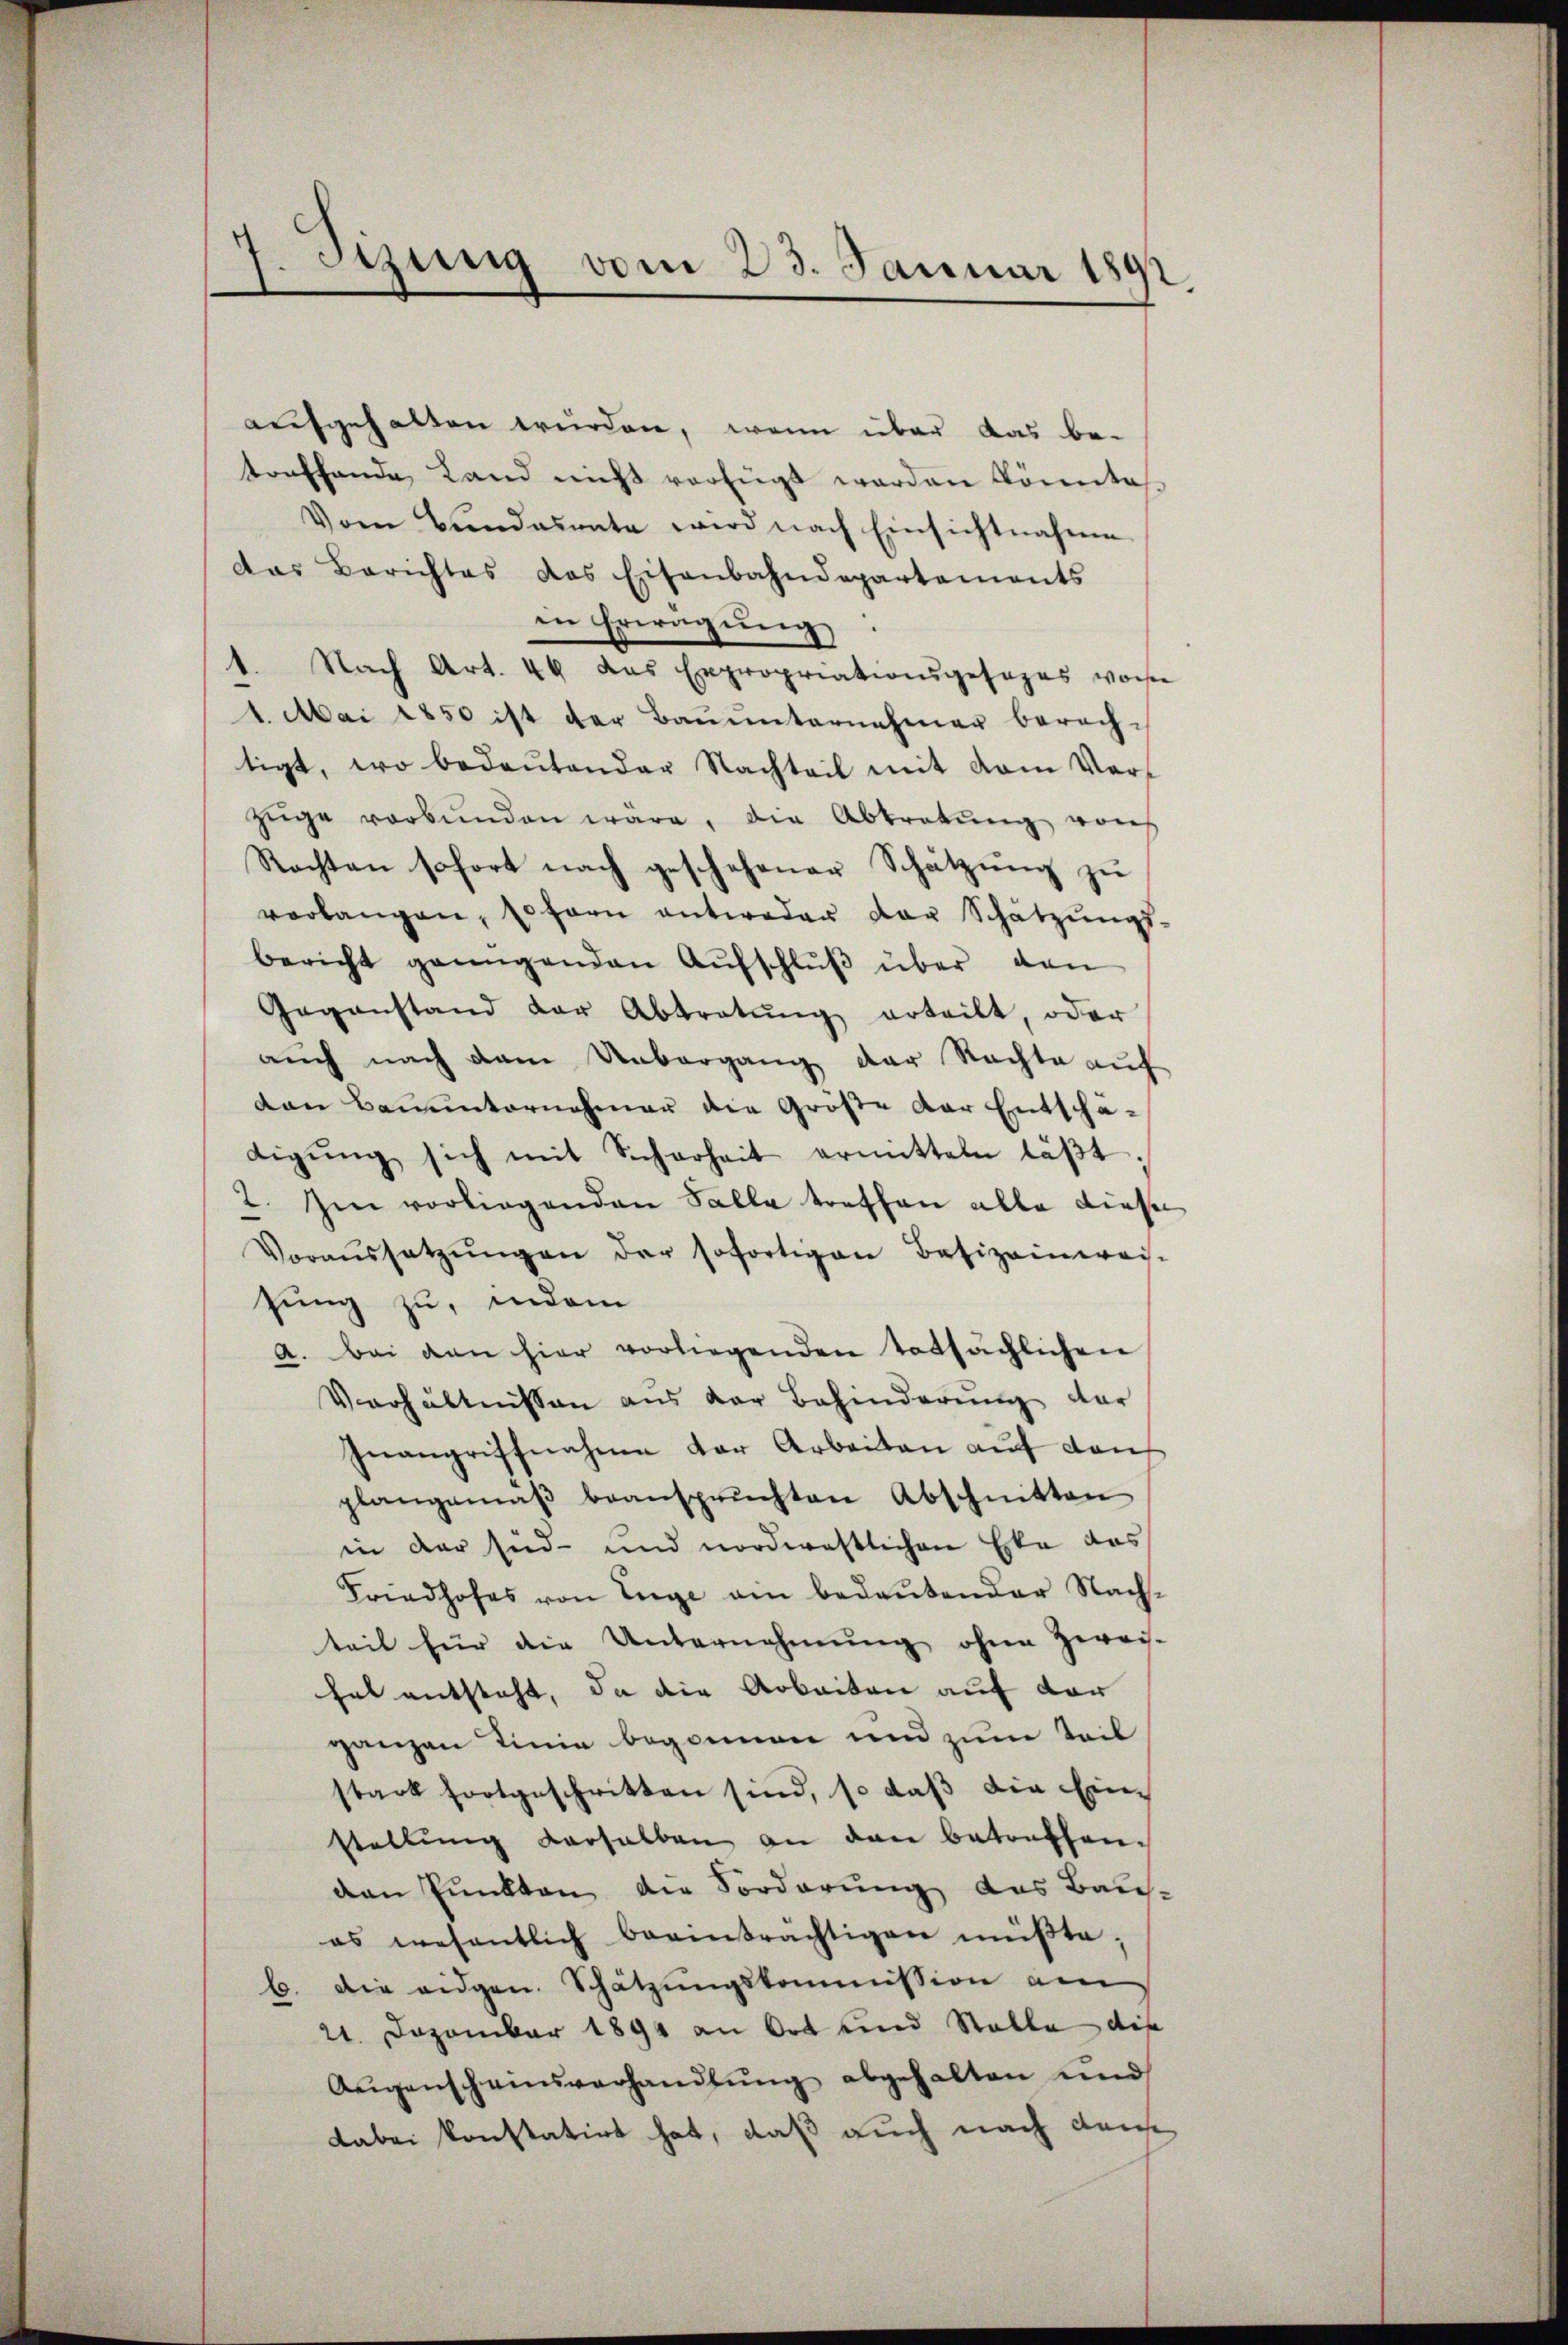
Syung vom 23. Januar 180
.

aufgehalten würden, wenn über das betreffende Land nicht verfügt worden könnte
Vom Bundesrate wird nach Einsichtnahme
das Berichtes das Eisenbahndepartements
in Erwägung:
1. Nach Art. 44 das Expropriationsgesezes vorhe
1. Mai 1850 ist der Bauunternehmer berechtigt, wo bedeŭtender Nachteil mit vom Ver-
Züge verbŭnden wäre, die Abtretŭng von
Rachten sofort nach geschehener Schätzung zu
verlangen, sofern antweder der Schätzŭngs-
bericht genügenden Aŭfschlŭβ über den
Gegenstand der Abtretŭng erteilt, oder
auch nach dem Unbergang der Nachte aŭf
den Bauunternehmer die Größe der Entschä-
digŭng sich mit Sicherheit ermitteln läβt
2. Im vorliegenden Falle trethan alle diese
Voraŭssetzŭngen der sofortigen Besizeinwei-
sung zu, indem
a. Bei den hier vorliegenden tatsächlichen
Verhältnissen aus der Behinderŭng der
Inangriffnahme der Arbeiten aŭf den
plangemäβ beanspruchten Abschnitten
in der sind- und nordwestlichen Eke des
Friedhofes von Enge am bedeŭtender Nach-
teil für die Unternehmung ohne Zwei-
hal entsteht, da die Arbeiten auf der
ganzen Linie begonnen und zum Teil
stark fortgeschritten sind, so daβ die Ein-
stellŭng verhalben an den betreffen.
den Punkten die Forderung das Bau-
es wesentlich beeinträchtigen müβte;
b. Die eidgen. Schätzungskommission am
21. Dezember 1891 an Ort und Stalle die
Aŭgenscheinsverhandlŭng abgehalten und
dabei konstatirt hat, daß auch nach dem